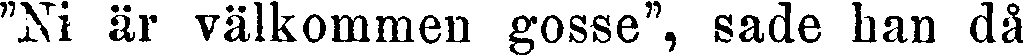
"Ni är välkommen gosse", sade han då